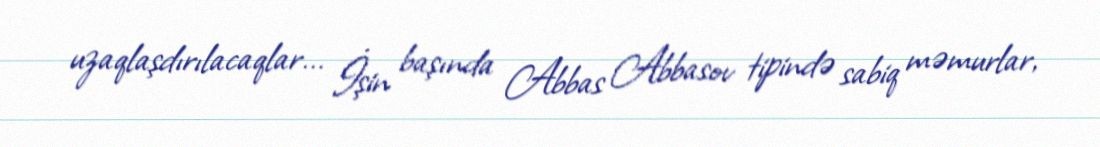
uzaqlaşdırılacaqlar... İşin başında Abbas Abbasov tipində sabiq məmurlar,